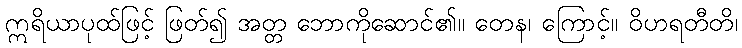
ဣရိယာပုထ်ဖြင့် ဖြတ်၍ အတ္တ ဘောကိုဆောင်၏။ တေန၊ ကြောင့်။ ဝိဟရတီတိ၊